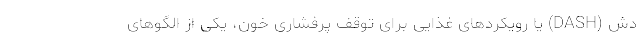
دش (DASH) یا رویکردهای غذایی برای توقف پرفشاری خون، یکی از الگوهای